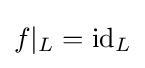
f|_{L}=\mathrm {id} _{L}